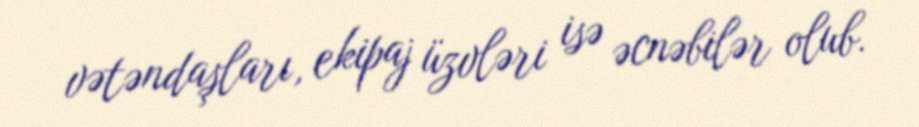
vətəndaşları, ekipaj üzvləri isə əcnəbilər olub.